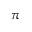
\pi